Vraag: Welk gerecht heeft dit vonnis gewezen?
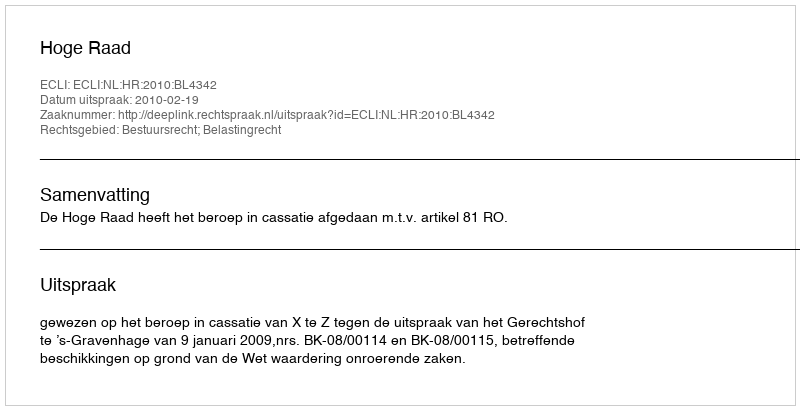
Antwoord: Hoge Raad